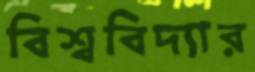
বিশ্ববিদ্যার